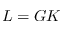
L = G K